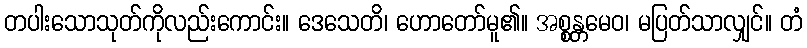
တပါးသောသုတ်ကိုလည်းကောင်း။ ဒေသေတိ၊ ဟောတော်မူ၏။ အစ္စန္တမေဝ၊ မပြတ်သာလျှင်။ တံ